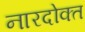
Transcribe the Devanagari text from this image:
नारदोक्त